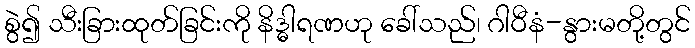
စွဲ၍ သီးခြားထုတ်ခြင်းကို နိဒ္ဓါရဏဟု ခေါ်သည်၊ ဂါဝီနံ-နွားမတို့တွင်